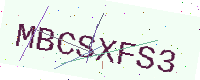
Text: MBCSXFS3